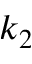
k _ { 2 }